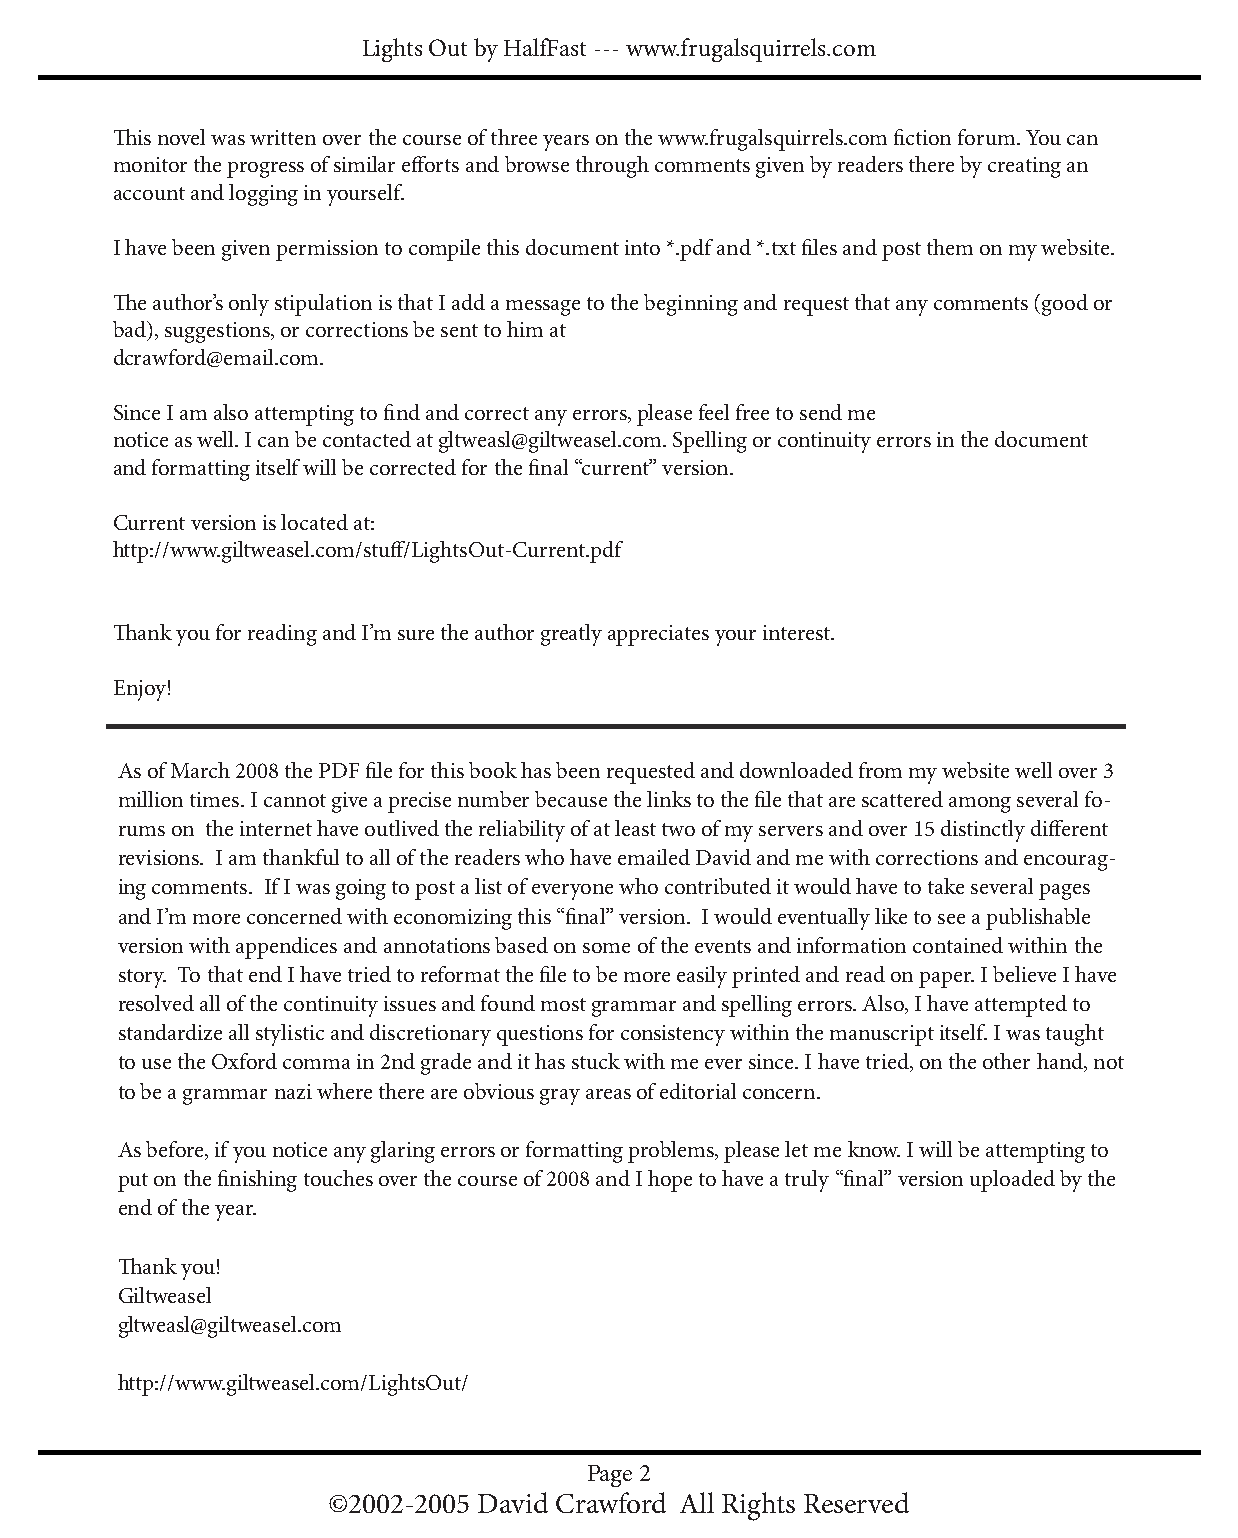
Lights Out by HalfFast --- www.frugalsquirrels.com
 This novel was written over the course of three years on the www.frugalsquirrels.com fiction forum. You can
 monitor the progress of similar efforts and browse through comments given by readers there by creating an
 account and logging in yourself.
 I have been given permission to compile this document into *.pdf and *.txt files and post them on my website.
 The author’s only stipulation is that I add a message to the beginning and request that any comments (good or
 bad), suggestions, or corrections be sent to him at
 dcrawford@email.com.
 Since I am also attempting to find and correct any errors, please feel free to send me
 notice as well. I can be contacted at gltweasl@giltweasel.com. Spelling or continuity errors in the document
 and formatting itself will be corrected for the final “current” version.
 Current version is located at:
 http://www.giltweasel.com/stuff/LightsOut-Current.pdf
 Thank you for reading and I’m sure the author greatly appreciates your interest.
 Enjoy!
 As of March 2008 the PDF file for this book has been requested and downloaded from my website well over 3
 million times. I cannot give a precise number because the links to the file that are scattered among several fo-
 rums on the internet have outlived the reliability of at least two of my servers and over 15 distinctly different
 revisions. I am thankful to all of the readers who have emailed David and me with corrections and encourag-
 ing comments. If I was going to post a list of everyone who contributed it would have to take several pages
 and I’m more concerned with economizing this “final” version. I would eventually like to see a publishable
 version with appendices and annotations based on some of the events and information contained within the
 story. To that end I have tried to reformat the file to be more easily printed and read on paper. I believe I have
 resolved all of the continuity issues and found most grammar and spelling errors. Also, I have attempted to
 standardize all stylistic and discretionary questions for consistency within the manuscript itself. I was taught
 to use the Oxford comma in 2nd grade and it has stuck with me ever since. I have tried, on the other hand, not
 to be a grammar nazi where there are obvious gray areas of editorial concern.
 As before, if you notice any glaring errors or formatting problems, please let me know. I will be attempting to
 put on the finishing touches over the course of 2008 and I hope to have a truly “final” version uploaded by the
 end of the year.
 Thank you!
 Giltweasel
 gltweasl@giltweasel.com
 http://www.giltweasel.com/LightsOut/
 Page 2
 ©2002-2005 David Crawford All Rights Reserved